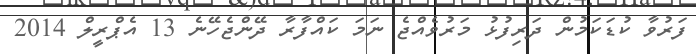
ފަރުވާ ކުޑަކަމުން ދަރިފުޅު މަރުވެއްޖެ ނަމަ ކައްފާރާ ދޭންޖެހޭނެ 13 އެޕްރީލް 2014